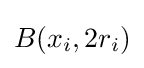
B(x_{i},2r_{i})